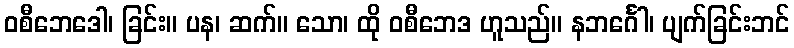
ဝစီဘေဒေါ၊ ခြင်း။ ပန၊ ဆက်။ သော၊ ထို ဝစီဘေဒ ဟူသည်။ နဘင်္ဂေါ၊ ပျက်ခြင်းဘင်